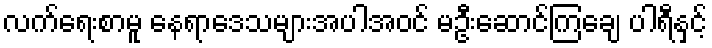
လက်ရေးစာမူ နေရာဒေသများအပါအဝင် မဦးဆောင်ကြချေ ပါရီနှင့်